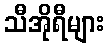
သီအိုရီများ